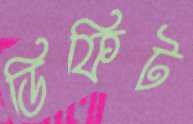
ডিফিট